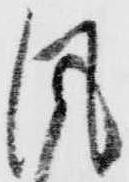
風